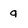
Character: q